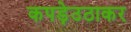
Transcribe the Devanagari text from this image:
कपड़ेउठाकर